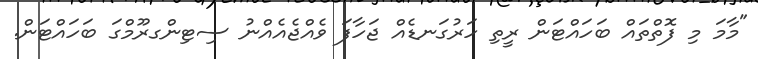
"މާމަ މި ފޮތްތައް ބަހައްޓަން ރީތި ހަރުގަނޑެއް ޖަހާފަ ވެއްޖެއެއްނު ސިޓިންގރޫމްގަ ބަހައްޓަން.